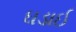
ઘડાઈ